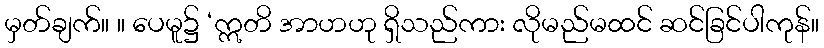
မှတ်ချက်။ ။ ပေမူ၌ ‘ဣတိ အာဟဟု ရှိသည်ကား လိုမည်မထင် ဆင်ခြင်ပါကုန်။